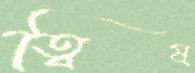
ত্বিষ